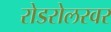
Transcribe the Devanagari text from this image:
रोडरोलरवर